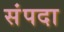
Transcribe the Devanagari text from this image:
संंपदा